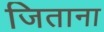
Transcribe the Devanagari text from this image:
जिताना